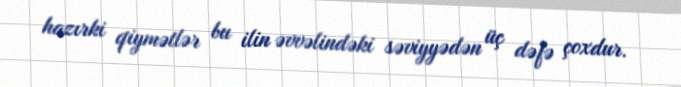
hazırki qiymətlər bu ilin əvvəlindəki səviyyədən üç dəfə çoxdur.